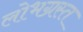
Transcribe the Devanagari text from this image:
लोभग्रस्त